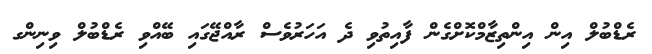
ރެޑްބުލް އިން އިންތިޒާމްކޮށްގެން ފާއިތުވި ދެ އަހަރުވެސް ރާއްޖޭގައި ބޭއްވި ރެޑްބުލް ވިނިންގ